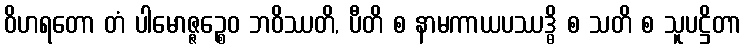
ဝိဟရတော တံ ပါမောဇ္ဇဉ္စေဝ ဘဝိဿတိ, ပီတိ စ နာမကာယပဿဒ္ဓိ စ သတိ စ သူပဋ္ဌိတာ